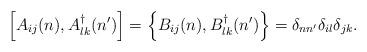
LaTeX: \begin{align*}\left[A_{ij}(n),A_{lk}^{\dag}(n')\right] =\left\{B_{ij}(n),B_{lk}^{\dag}(n')\right\} =\delta_{nn'}\delta_{il}\delta_{jk} .\end{align*}